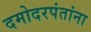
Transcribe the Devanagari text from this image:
दमोदरपंतांना